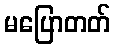
မပြောတတ်